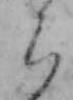
ら